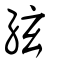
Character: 絃